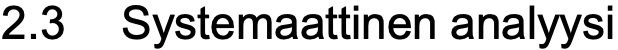
2.3 Systemaattinen analyysi